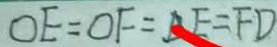
O E = O F = D F = F D